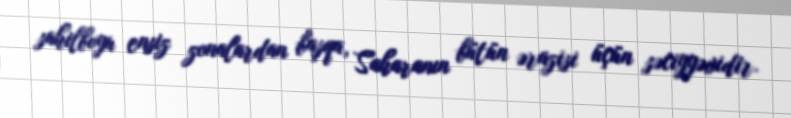
sahilboyu ensiz zonalardan başqa, Saharanın bütün ərazisi üçün səciyyəvidir.